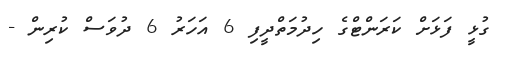
ގުޅީ ފަޅަށް ކަރަންޓްގެ ހިދުމަތްދީފި 6 އަހަރު 6 ދުވަސް ކުރިން -